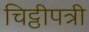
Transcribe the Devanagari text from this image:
चिट्ठीपत्री